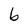
Character: b